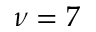
\nu = 7